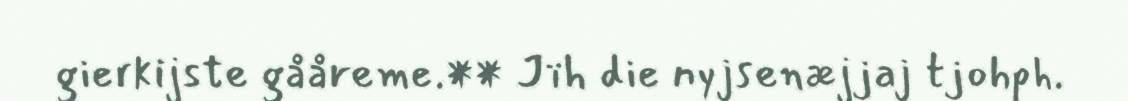
gierkijste gååreme.** Jïh die nyjsenæjjaj tjohph.